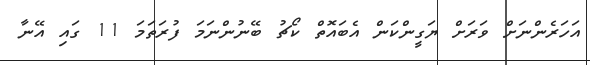
އަހަރެންނަށް ވަރަށް ޔަގީންކަން އެބައޮތް ކޯޗު ބޭނުންނަމަ ފުރަތަމަ 11 ގައި އޭނާ